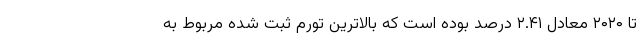
تا ۲۰۲۰ معادل ۲.۴۱ درصد بوده است که بالاترین تورم ثبت شده مربوط به